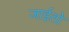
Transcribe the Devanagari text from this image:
जाईतो